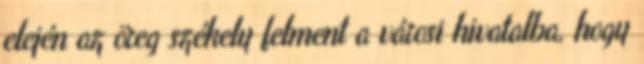
elején az öreg székely felment a városi hivatalba, hogy